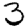
Digit: 3